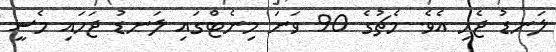
ލަނޑު ޖެހި އެވެ. މެޗުގެ 90 ވަނަ މިނެޓްގައި ލަނޑު ޖަހައި މެސީ